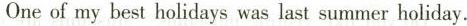
Oneof my best holidays was last summer holiday.